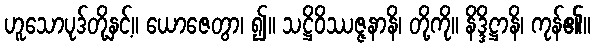
ဟူသောပုဒ်တို့နှင့်။ ယောဇေတွာ၊ ၍။ သဋ္ဌိဝိဿဇ္ဇနာနိ၊ တို့ကို။ နိဒ္ဒိဋ္ဌာနိ၊ ကုန်၏။